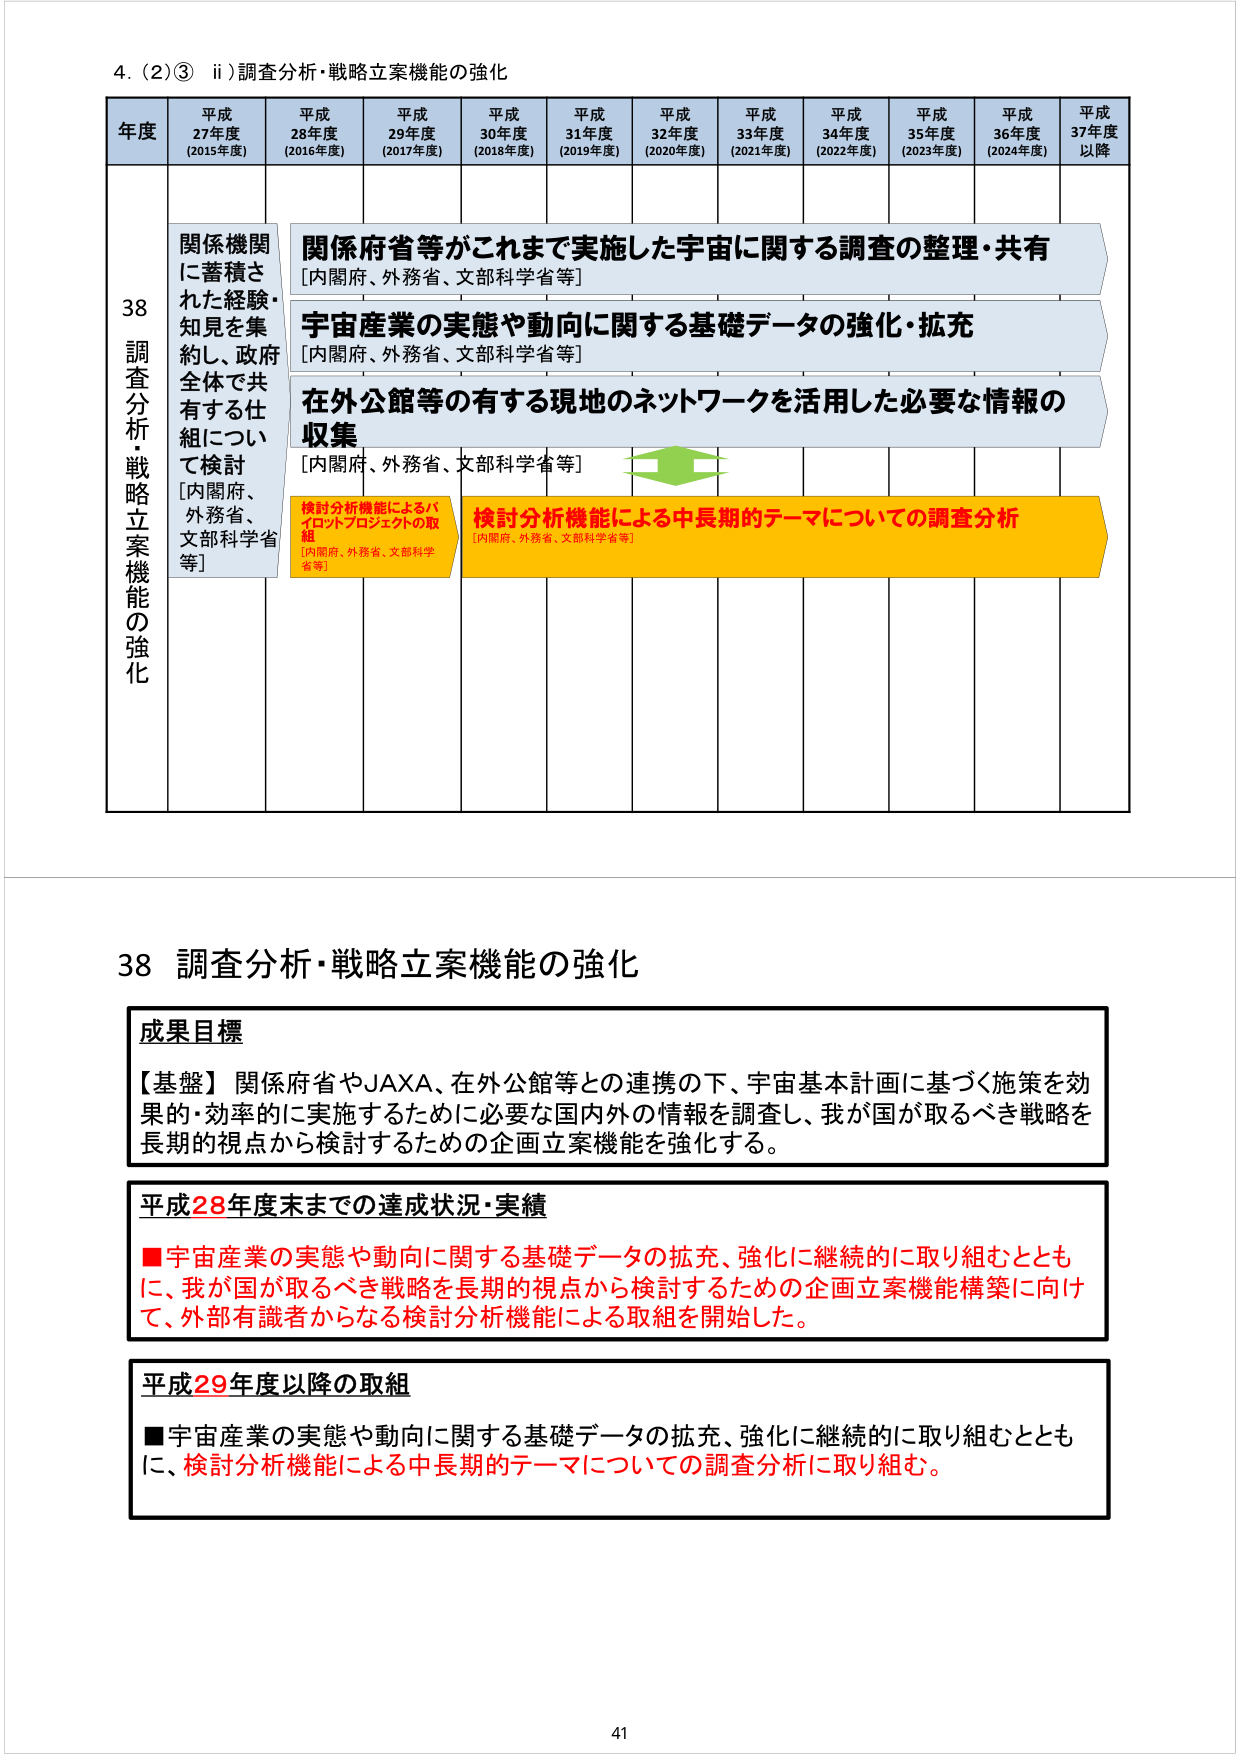
4. (2)③ ii) 調査分析・戦略立案機能の強化

年度 平成27年度 (2015年度) 平成28年度 (2016年度) 平成29年度 (2017年度) 平成30年度 (2018年度) 平成31年度 (2019年度) 平成32年度 (2020年度) 平成33年度 (2021年度) 平成34年度 (2022年度) 平成35年度 (2023年度) 平成36年度 (2024年度) 平成37年度以降

38 調査分析・戦略立案機能の強化

関係機関に蓄積された経験・知見を集約し、政府全体で共有する仕組について検討 [内閣府、外務省、文部科学省等]

関係府省等がこれまで実施した宇宙に関する調査の整理・共有 [内閣府、外務省、文部科学省等]

宇宙産業の実態や動向に関する基礎データの強化・拡充 [内閣府、外務省、文部科学省等]

在外公館等の有する現地のネットワークを活用した必要な情報の収集 [内閣府、外務省、文部科学省等]

検討分析機能によるパイロットプロジェクトの取組 [内閣府、外務省、文部科学省等]

検討分析機能による中長期的テーマについての調査分析 [内閣府、外務省、文部科学省等]

38 調査分析・戦略立案機能の強化

成果目標
【基盤】関係府省やJAXA、在外公館等との連携の下、宇宙基本計画に基づく施策を効果・効率的に実施するために必要な国内外の情報を調査し、我が国が取るべき戦略を長期的視点から検討するための企画立案機能を強化する。

平成28年度末までの達成状況・実績
■宇宙産業の実態や動向に関する基礎データの拡充、強化に継続的に取り組むとともに、我が国が取るべき戦略を長期的視点から検討するための企画立案機能構築に向けて、外部有識者からなる検討分析機能による取組を開始した。

平成29年度以降の取組
■宇宙産業の実態や動向に関する基礎データの拡充、強化に継続的に取り組むとともに、検討分析機能による中長期的テーマについての調査分析に取り組む。

41